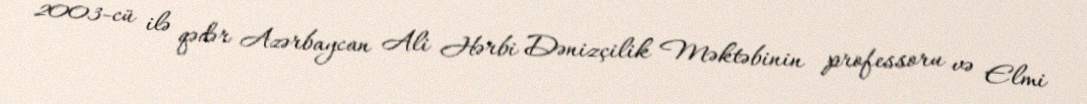
2003-cü ilə qədər Azərbaycan Ali Hərbi Dənizçilik Məktəbinin professoru və Elmi